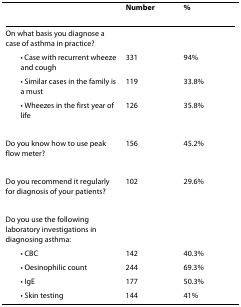
<table><thead><tr><td></td><td><b>Number</b></td><td><b>%</b></td></tr></thead><tbody><tr><td>On what basis you diagnose a case of asthma in practice?</td><td></td><td></td></tr><tr><td> • Case with recurrent wheeze and cough</td><td>331</td><td>94%</td></tr><tr><td> • Similar cases in the family is a must</td><td>119</td><td>33.8%</td></tr><tr><td> • Wheezes in the first year of life</td><td>126</td><td>35.8%</td></tr><tr><td>Do you know how to use peak flow meter?</td><td>156</td><td>45.2%</td></tr><tr><td>Do you recommend it regularly for diagnosis of your patients?</td><td>102</td><td>29.6%</td></tr><tr><td>Do you use the following laboratory investigations in diagnosing asthma:</td><td></td><td></td></tr><tr><td> • CBC</td><td>142</td><td>40.3%</td></tr><tr><td> • Oesinophilic count</td><td>244</td><td>69.3%</td></tr><tr><td> • IgE</td><td>177</td><td>50.3%</td></tr><tr><td> • Skin testing</td><td>144</td><td>41%</td></tr></tbody></table>